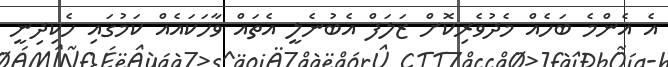
އެ އެންމެ ބަހެއް މެދުވެރިކޮށް ޒަލަފް އެބުނެލީ އެތައް ވާހަކައެއް ކަމުގައި ހެކިދިނީ